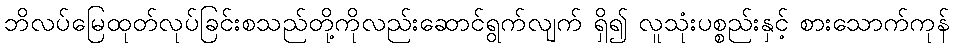
ဘိလပ်မြေထုတ်လုပ်ခြင်းစသည်တို့ကိုလည်းဆောင်ရွက်လျက် ရှိ၍ လူသုံးပစ္စည်းနှင့် စားသောက်ကုန်